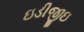
ઇડીજીઇ